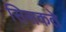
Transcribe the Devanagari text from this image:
सिसकते